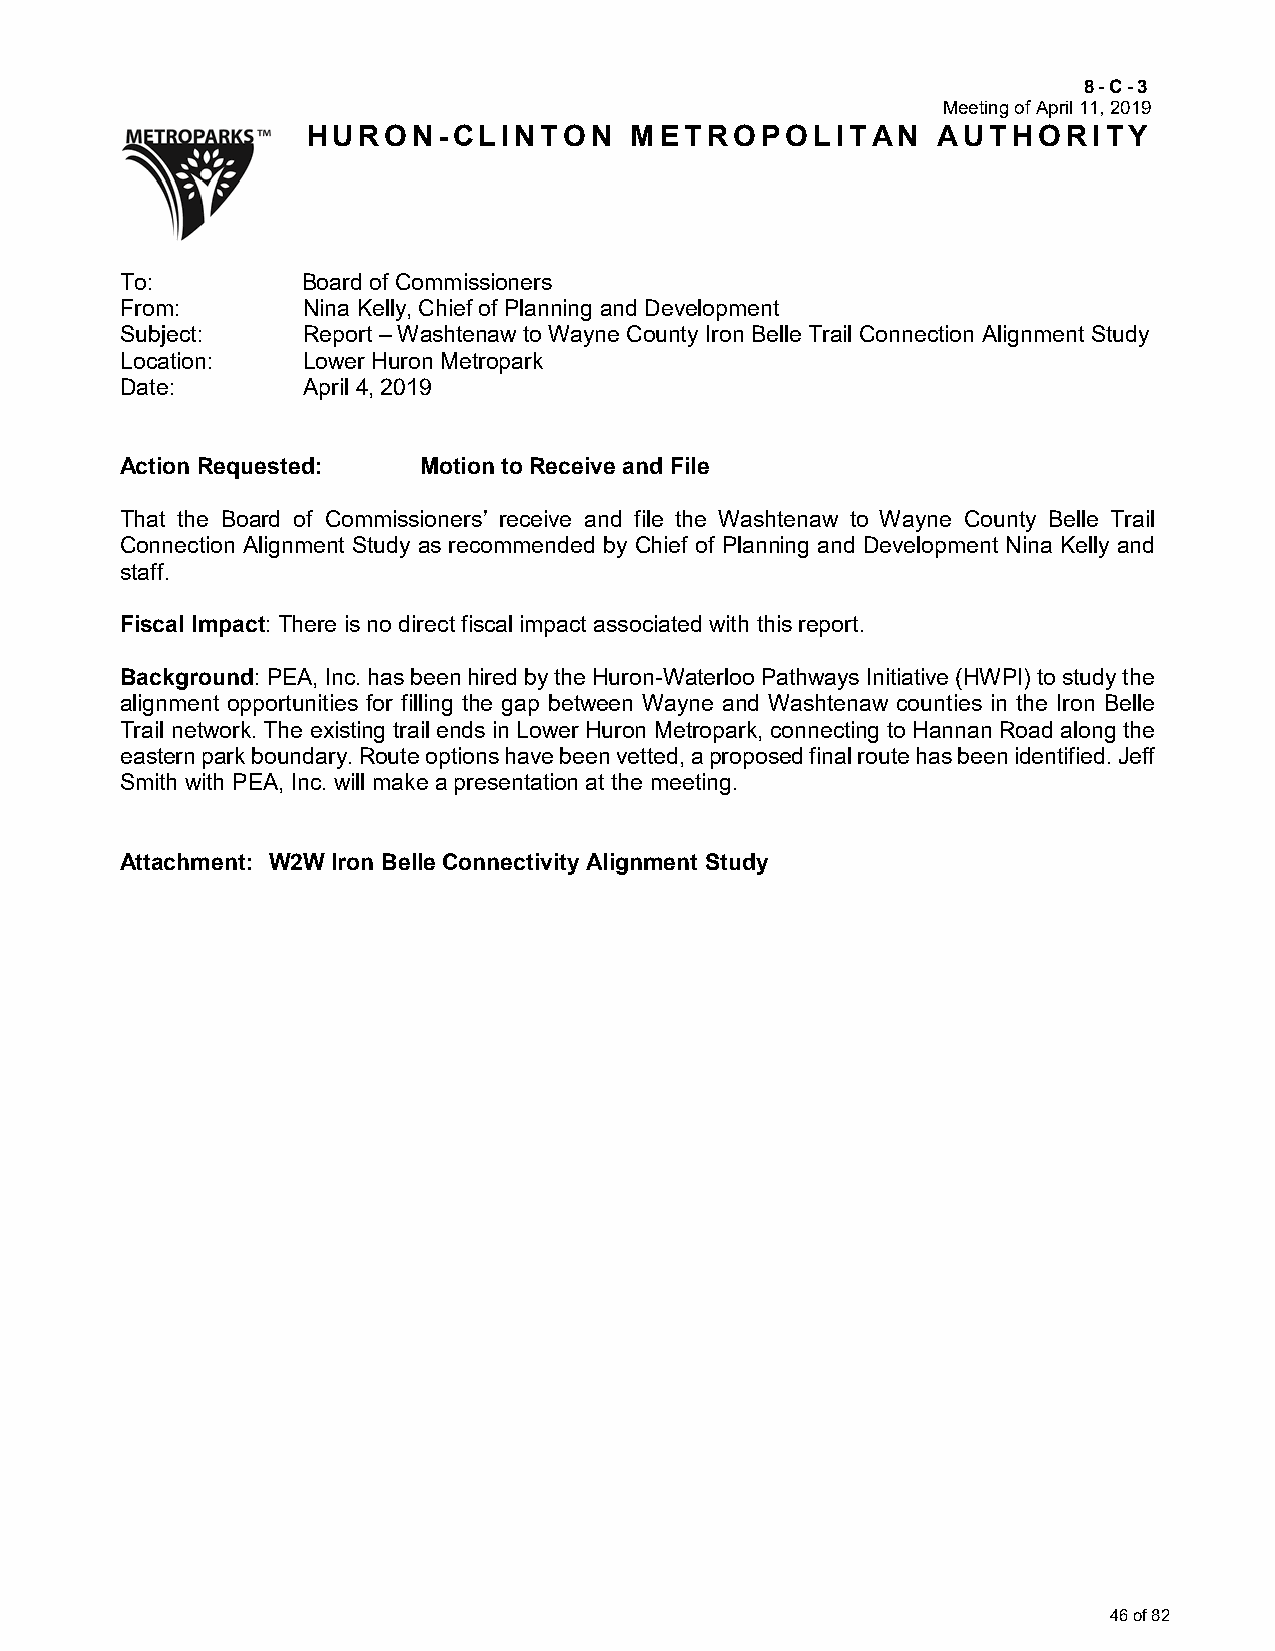
8-C-3
 Meeting of April 11, 2019
 HURON-CLINTON         METROPOLITAN        AUTHORITY
 To:         Board of Commissioners
 From:       Nina Kelly, Chief of Planning and Development
 Subject:    Report – Washtenaw to Wayne County Iron Belle Trail Connection Alignment Study
 Location:   Lower Huron Metropark
 Date:       April 4, 2019
 Action Requested:   Motion to Receive and File
 That the Board of Commissioners’ receive and file the Washtenaw to Wayne County Belle Trail
 Connection Alignment Study as recommended by Chief of Planning and Development Nina Kelly and
 staff.
 Fiscal Impact: There is no direct fiscal impact associated with this report.
 Background: PEA, Inc. has been hired by the Huron-Waterloo Pathways Initiative (HWPI) to study the
 alignment opportunities for filling the gap between Wayne and Washtenaw counties in the Iron Belle
 Trail network. The existing trail ends in Lower Huron Metropark, connecting to Hannan Road along the
 eastern park boundary. Route options have been vetted, a proposed final route has been identified. Jeff
 Smith with PEA, Inc. will make a presentation at the meeting.
 Attachment: W2W Iron Belle Connectivity Alignment Study
 46 of 82